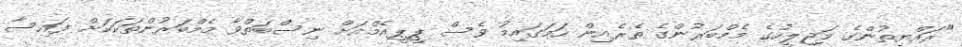
"ރައްޔިތުންގެ މަޖިލީހުގެ މެމްބަރުންގެ ތެރެއިން ހަމަގައިމު ވެސް ޕީޕީއެމްއަށް ނިސްބަތްވާ މެމްބަރުންތަކަކަށް ފައިސާ